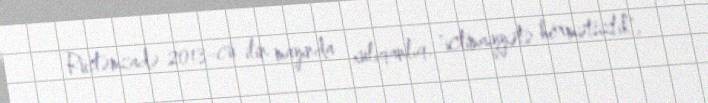
Rüstəmzadə 2013-cü ilin mayında xuliqanlıq, "ictimaiyyətə hörmətsizlik",